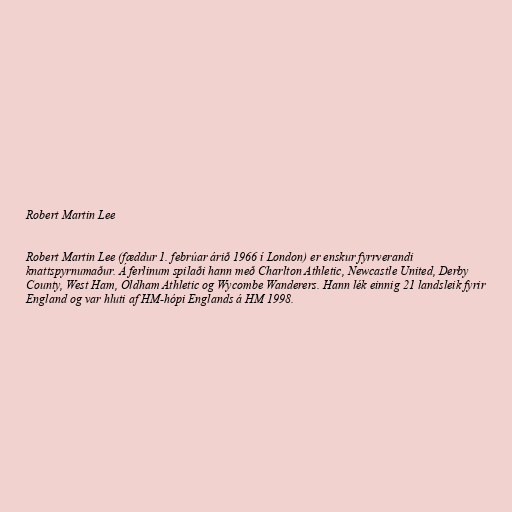
Robert Martin Lee

Robert Martin Lee (fæddur 1. febrúar árið 1966 í London) er enskur fyrrverandi
knattspyrnumaður. Á ferlinum spilaði hann með Charlton Athletic, Newcastle United, Derby
County, West Ham, Oldham Athletic og Wycombe Wanderers. Hann lék einnig 21 landsleik fyrir
England og var hluti af HM-hópi Englands á HM 1998.